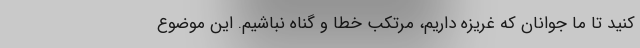
کنید تا ما جوانان که غریزه داریم، مرتکب خطا و گناه نباشیم. این موضوع